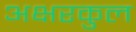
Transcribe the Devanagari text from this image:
अक्षरकुल